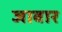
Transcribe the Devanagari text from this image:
जावार